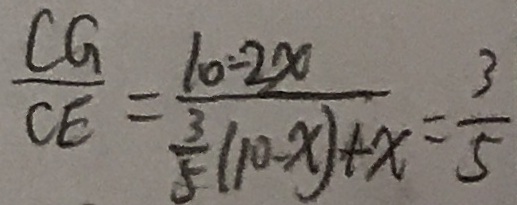
\frac { C G } { C E } = \frac { 1 0 - 2 x } { \frac { 3 } { 5 } ( 1 0 - x ) + x } = \frac { 3 } { 5 }